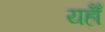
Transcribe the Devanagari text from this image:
यहाँँ